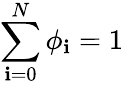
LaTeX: \sum_{\mathbf{i}=0}^{N}\phi_{\mathbf{i}}=1